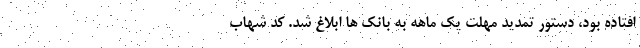
افتاده بود، دستور تمدید مهلت یک ماهه به بانک ها ابلاغ شد. کد شهاب